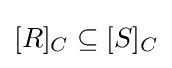
[R]_{C}\subseteq [S]_{C}